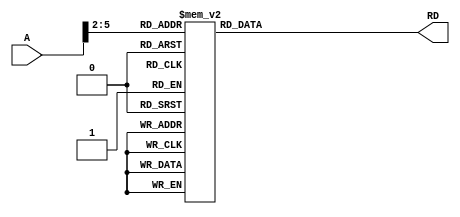
//----------------------------------------------------------------------------//
//  imem.v
//  
//  The instruction memory holds the instructions to be executed
//
//----------------------------------------------------------------------------//

module imem(RD, A);
	output  [31:0]  RD;
	input   [31:0]  A;

	reg     [31:0]  RD;

	// The instruction is read based on the address specified -> A[5:2]
	always @(A) begin
		case(A[5:2])
			4'b0000: RD = 32'hE202_2000;  //      AND  R2,R2,#0
			4'b0001: RD = 32'hE382_3000;  //      ORR  R3,R2,#0
			4'b0010: RD = 32'hE383_4005;  //      ORR  R4,R3,#5
			4'b0011: RD = 32'hE034_4004;  //      EORALS  R4,R4,R4
			4'b0100: RD = 32'hEA00_0005;  //      BEQ  T2
			4'b0101: RD = 32'hE082_2004;  // T1:  ADD  R2,R2,R4
			4'b0110: RD = 32'hE254_4001;  //      SUB  R4,R4,#1
			4'b0111: RD = 32'hE154_0003;  //      CMPAL  R4, R3
			4'b1000: RD = 32'h1AFF_FFFB;  //      BNE  T1
			4'b1001: RD = 32'hE583_2000;  //      STR  R2,[R3]
			4'b1010: RD = 32'hE593_5000;  //      LDR  R5,[R3]
			4'b1011: RD = 32'hEAFF_FFFE;  // T2:  BAL  T2
			default: RD = 32'hEAFF_FFFE;  // T3:  BAL  T3
		endcase
	end
endmodule